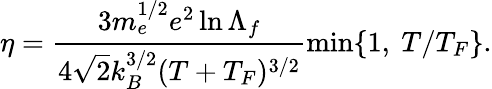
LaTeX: \eta=\frac{3m_{e}^{1/2}e^{2}\ln{\Lambda_{f}}}{4\sqrt{2}k_{B}^{3/2}(T+T_{F})^{3/2}}\operatorname*{min}\{ 1,\ T/T_{F}\} .